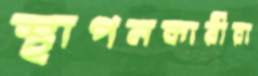
স্থাপনকারীরা